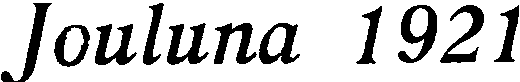
Jouluna 1921